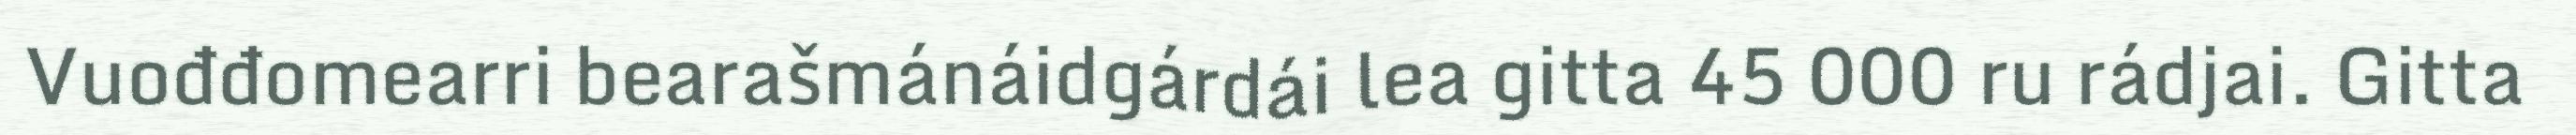
Vuođđomearri bearašmánáidgárdái lea gitta 45 000 ru rádjai. Gitta